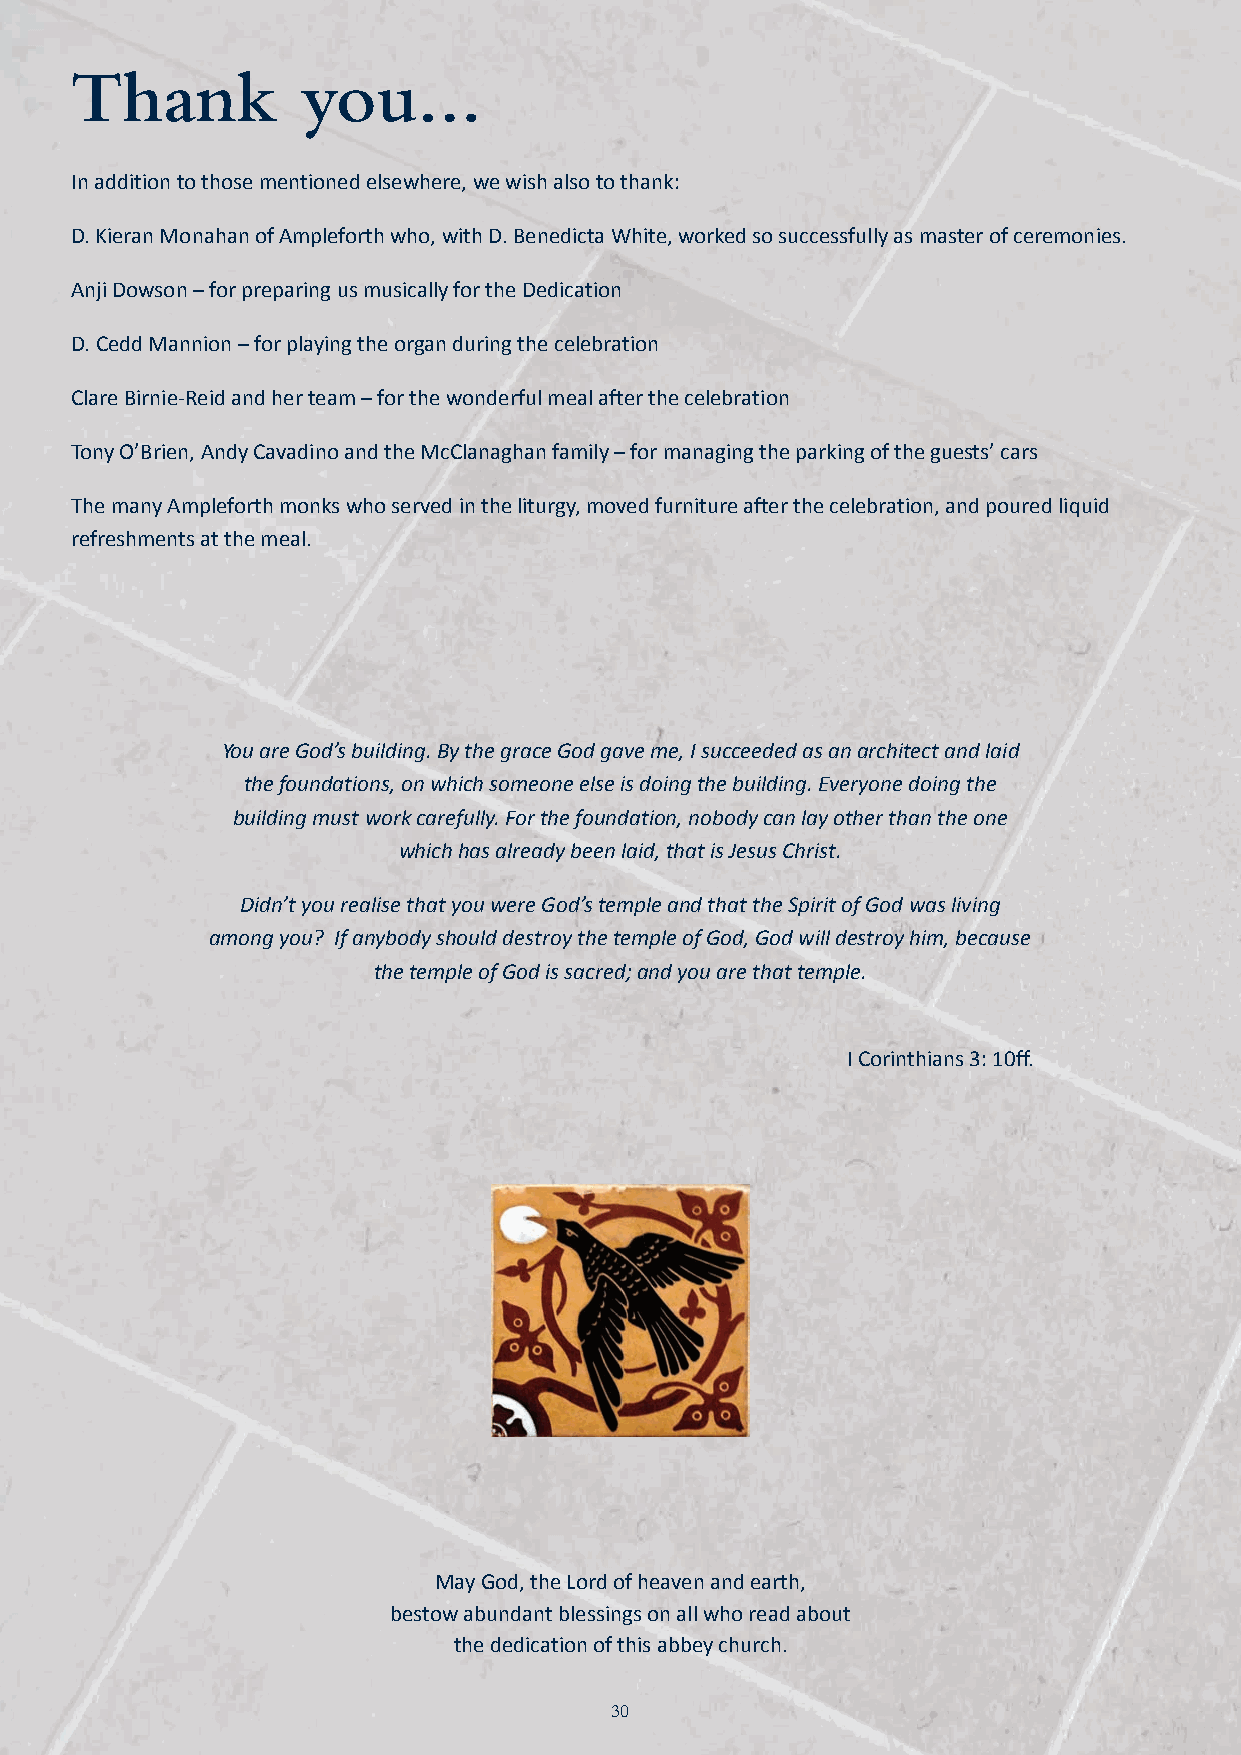
JN40870_Stanbrook 32pp Inners_Layout 1 18/11/2015 14:11 Page 30
 Thank          you…
 In addition to those mentioned elsewhere, we wish also to thank:
 D. Kieran Monahan of Ampleforth who, with D. Benedicta White, worked so successfully as master of ceremonies.
 Anji Dowson – for preparing us musically for the Dedication
 D. Cedd Mannion – for playing the organ during the celebration
 Clare Birnie-Reid and her team – for the wonderful meal after the celebration
 Tony O’Brien, Andy Cavadino and the McClanaghan family – for managing the parking of the guests’ cars
 The many Ampleforth monks who served in the liturgy, moved furniture after the celebration, and poured liquid
 refreshments at the meal.
 You are God’s building. By the grace God gave me, I succeeded as an architect and laid
 the foundations, on which someone else is doing the building. Everyone doing the
 building must work carefully. For the foundation, nobody can lay other than the one
 which has already been laid, that is Jesus Christ.
 Didn’t you realise that you were God’s temple and that the Spirit of God was living
 among you? If anybody should destroy the temple of God, God will destroy him, because
 the temple of God is sacred; and you are that temple.
 I Corinthians 3: 10ff.
 May God, the Lord of heaven and earth,
 bestow abundant blessings on all who read about
 the dedication of this abbey church.
 30